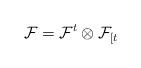
LaTeX: \begin{align*}\mathcal{F}=\mathcal{F}^t\otimes\mathcal{F}_{[t}\end{align*}